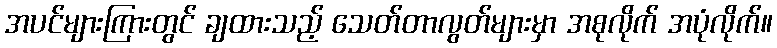
အပင်များကြားတွင် ချထားသည့် သေတ်တာလွတ်များမှာ အစုလိုက် အပုံလိုက်။